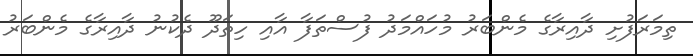
ތިމަރަފުށި ދާއިރާގެ މެންބަރު މުހައްމަދު ފުސްތަފާ އާއި ހިތަދޫ ދެކުނު ދާއިރާގެ މެންބަރު